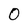
Character: O